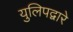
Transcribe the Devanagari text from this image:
युलिपद्वारे